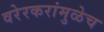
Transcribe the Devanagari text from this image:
वरेरकरांमुळेच